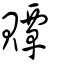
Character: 贉